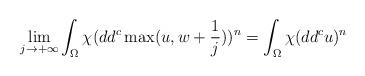
LaTeX: \begin{align*} \lim_{j \to +\infty} \int_\Omega \chi (dd^c \max(u, w+\frac{1}{j}))^n = \int_\Omega \chi (dd^c u)^n\end{align*}